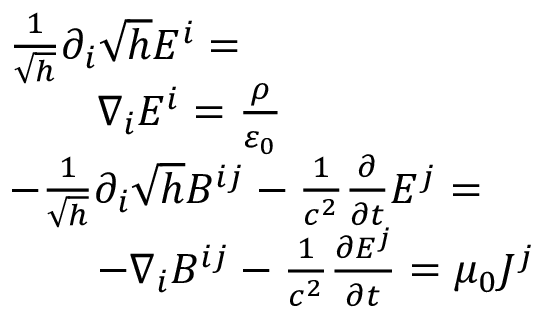
{ \begin{array} { r l } & { { \frac { 1 } { \sqrt { h } } } \partial _ { i } { \sqrt { h } } E ^ { i } = } \\ & { \qquad \nabla _ { i } E ^ { i } = { \frac { \rho } { \varepsilon _ { 0 } } } } \\ & { { - } { \frac { 1 } { \sqrt { h } } } \partial _ { i } { \sqrt { h } } B ^ { i j } - { \frac { 1 } { c ^ { 2 } } } { \frac { \partial } { \partial t } } E ^ { j } = } \\ & { \qquad { - } \nabla _ { i } B ^ { i j } - { \frac { 1 } { c ^ { 2 } } } { \frac { \partial E ^ { j } } { \partial t } } = \mu _ { 0 } J ^ { j } } \end{array} }